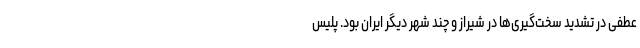
عطفی در تشدید سخت‌گیری‌ها در شیراز و چند شهر دیگر ایران بود. پلیس